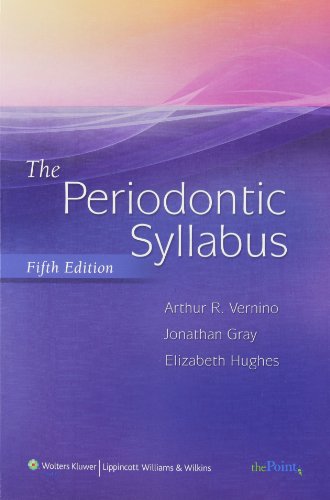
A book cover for The Periodontic Syllabus (Point (Lippincott Williams & Wilkins)); Arthur Vernino DDS; Medical Books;